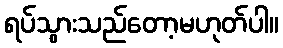
ရပ်သွားသည်တော့မဟုတ်ပါ။